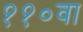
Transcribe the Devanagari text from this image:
११०वा